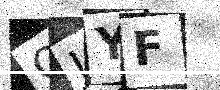
Text: QJYF